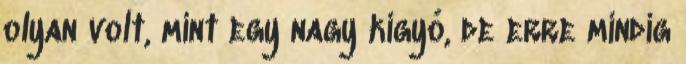
olyan volt, mint egy nagy kígyó, de erre mindig